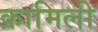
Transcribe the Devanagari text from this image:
क़ामिली